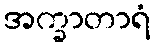
အက္ခာတာရံ